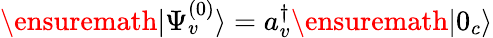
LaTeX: \ensuremath{|\Psi_{v}^{(0)}\rangle}=a_{v}^{\dagger}\ensuremath{|0_{c}\rangle}